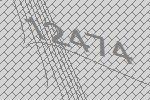
12474